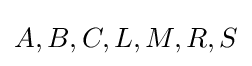
A,B,C,L,M,R,S